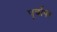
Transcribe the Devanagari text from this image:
पूर्वोपर